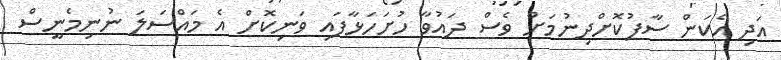
އަދި އެކަން ސާފުކޮށްދިނުމަށް ވެސް ދައުވާ ހުށަހަޅާފައި ވަނިކޮށް އެ މައްސަލަ ނުނިމެނީސް